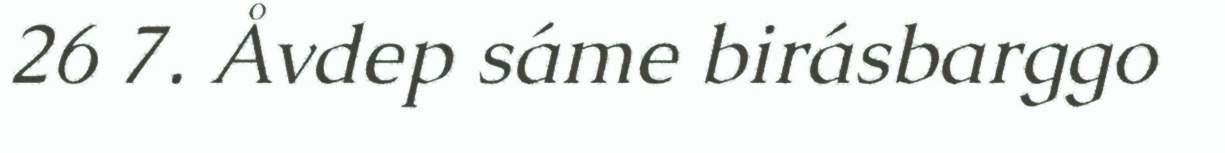
26 7. Åvdep sáme birásbarggo